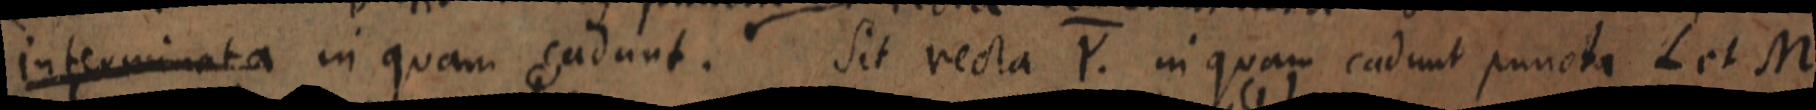
interminata in quam cadunt. Sit recta Y. in quam cadunt puncta L et M